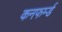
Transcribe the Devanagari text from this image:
कनफर्म्ड